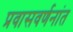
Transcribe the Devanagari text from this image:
प्रवासवर्णनांत